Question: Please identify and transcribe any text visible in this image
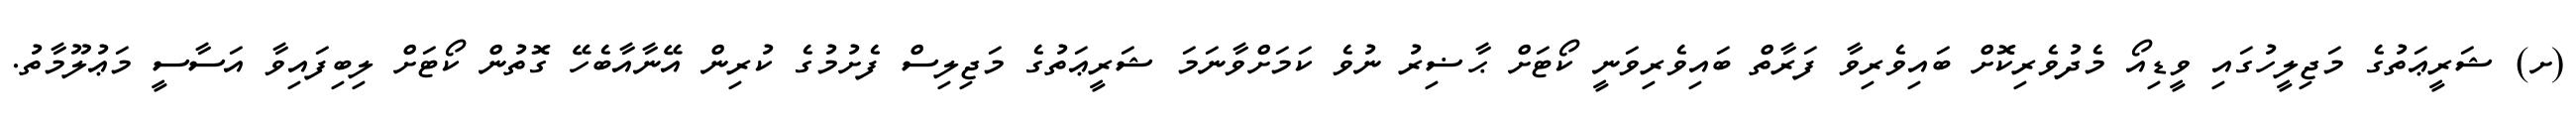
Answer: (ށ) ޝަރީޢަތުގެ މަޖިލީހުގައި ވީޑިއޯ މެދުވެރިކޮށް ބައިވެރިވާ ފަރާތް ބައިވެރިވަނީ ކޯޓަށް ޙާޟިރު ނުވެ ކަމަށްވާނަމަ ޝަރީޢަތުގެ މަޖިލިސް ފެށުމުގެ ކުރިން އޭނާއާބެހޭ ގޮތުން ކޯޓަށް ލިބިފައިވާ އަސާސީ މަޢުލޫމާތު.